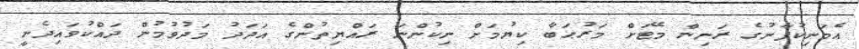
އެމަނިކުފާނުގެ ރަނިން މޭޓަށް މަރުޙަބާ ކިޔުމަށް ނިކުންނަ ރައްޔިތުންގެ އަދަދު މަދުވުމުން ދައްކުވައިދެނީ